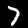
Digit: 7